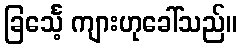
ခြင်္သေ့ ကျားဟုခေါ်သည်။